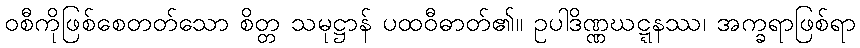
ဝစီကိုဖြစ်စေတတ်သော စိတ္တ သမုဋ္ဌာန် ပထဝီဓာတ်၏။ ဥပါဒိဏ္ဏဃဋ္ဋနဿ၊ အက္ခရာဖြစ်ရာ